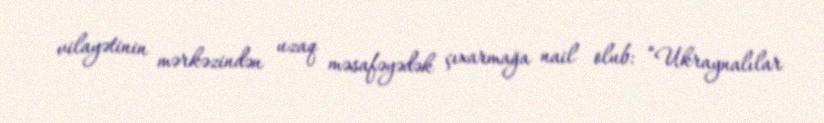
vilayətinin mərkəzindən uzaq məsafəyədək çıxarmağa nail olub: “Ukraynalılar